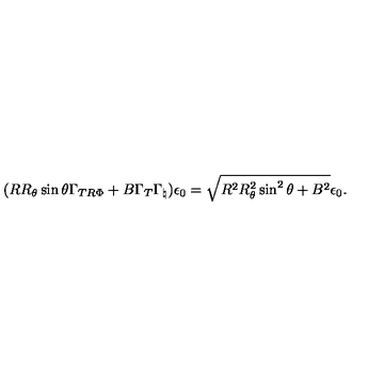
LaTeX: ( R R _ { \theta } \sin \theta \Gamma _ { T R \Phi } + B \Gamma _ { T } \Gamma _ { \natural } ) \epsilon _ { 0 } = \sqrt { R ^ { 2 } R _ { \theta } ^ { 2 } \sin ^ { 2 } \theta + B ^ { 2 } } \epsilon _ { 0 } .